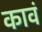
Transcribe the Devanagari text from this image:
कावं